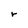
Character: r